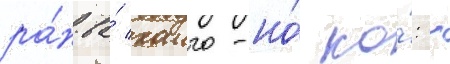
ра́н-ва́ хаиго-но́ ко́: -